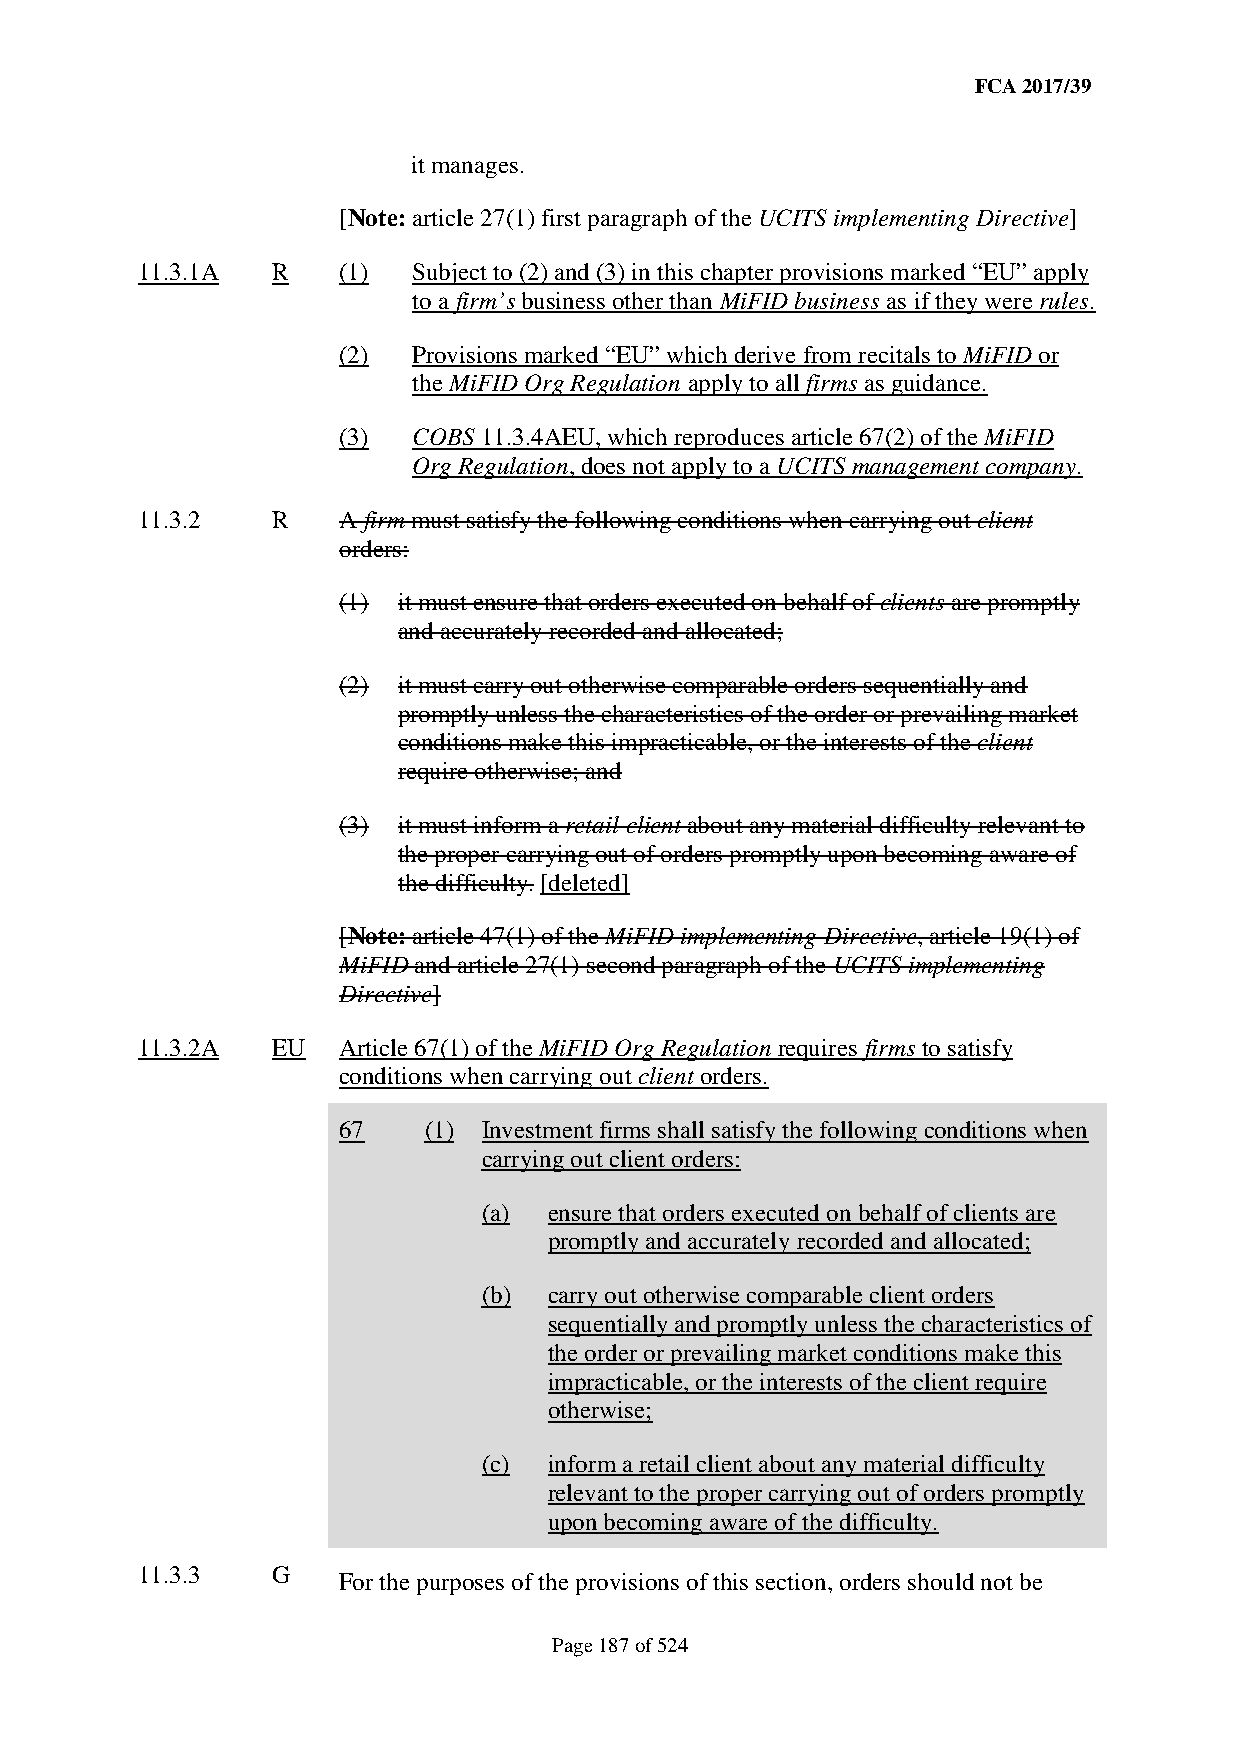
FCA 2017/39
 it manages.
 [Note: article 27(1) first paragraph of the UCITS implementing Directive]
 11.3.1A  R   (1)  Subject to (2) and (3) in this chapter provisions marked “EU” apply
 to a firm’s business other than MiFID business as if they were rules.
 (2)  Provisions marked “EU” which derive from recitals to MiFID or
 the MiFID Org Regulation apply to all firms as guidance.
 (3)  COBS 11.3.4AEU, which reproduces article 67(2) of the MiFID
 Org Regulation, does not apply to a UCITS management company.
 11.3.2   R   A firm must satisfy the following conditions when carrying out client
 orders:
 (1) it must ensure that orders executed on behalf of clients are promptly
 and accurately recorded and allocated;
 (2) it must carry out otherwise comparable orders sequentially and
 promptly unless the characteristics of the order or prevailing market
 conditions make this impracticable, or the interests of the client
 require otherwise; and
 (3) it must inform a retail client about any material difficulty relevant to
 the proper carrying out of orders promptly upon becoming aware of
 the difficulty. [deleted]
 [Note: article 47(1) of the MiFID implementing Directive, article 19(1) of
 MiFID and article 27(1) second paragraph of the UCITS implementing
 Directive]
 11.3.2A  EU  Article 67(1) of the MiFID Org Regulation requires firms to satisfy
 conditions when carrying out client orders.
 67    (1) Investment firms shall satisfy the following conditions when
 carrying out client orders:
 (a) ensure that orders executed on behalf of clients are
 promptly and accurately recorded and allocated;
 (b) carry out otherwise comparable client orders
 sequentially and promptly unless the characteristics of
 the order or prevailing market conditions make this
 impracticable, or the interests of the client require
 otherwise;
 (c) inform a retail client about any material difficulty
 relevant to the proper carrying out of orders promptly
 upon becoming aware of the difficulty.
 11.3.3   G   For the purposes of the provisions of this section, orders should not be
 Page 187 of 524